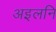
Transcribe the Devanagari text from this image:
अइलनि